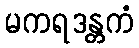
မကရဒန္တကံ